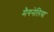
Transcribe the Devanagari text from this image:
मैगनेलिया